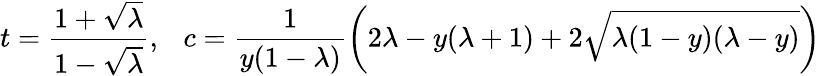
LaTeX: t=\frac{1+\sqrt{\lambda}}{1-\sqrt{\lambda}},\ \ \ c=\frac{1}{y(1-\lambda)}\left(2\lambda-y(\lambda+1)+2\sqrt{\lambda(1-y)(\lambda-y)}\right)